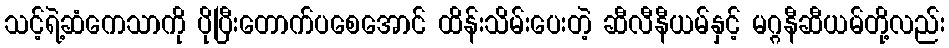
သင့်ရဲ့ဆံကေသာကို ပိုပြီးတောက်ပစေအောင် ထိန်းသိမ်းပေးတဲ့ ဆီလီနီယမ်နှင့် မဂ္ဂနီဆီယမ်တို့လည်း